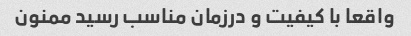
واقعا با کیفیت و درزمان مناسب رسید ممنون